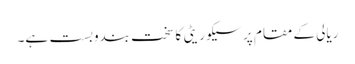
ریالی کے مقام پر سیکوریٹی کا سخت بندوبست ہے۔